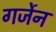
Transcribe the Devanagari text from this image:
गर्जेन